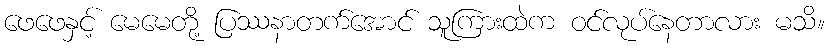
ဖေဖေနှင့် မေမေတို့ ပြဿနာတက်အောင် သူကြားထဲက ဝင်လုပ်နေတာလား မသိ။